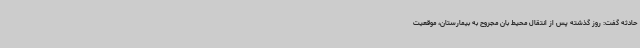
حادثه گفت: روز گذشته پس از انتقال محیط بان مجروح به بیمارستان، موقعیت